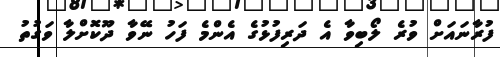
ފުރާނައަށް ވުރެ ލޯބިވާ އެ ދަރިފުޅުގެ އެންމެ ފަހު ނޭވާ ދޫކޮށްލާ ވަގުތު